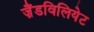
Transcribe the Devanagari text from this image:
ज़ैंडविलियेट